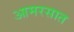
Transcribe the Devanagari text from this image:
आमरसात